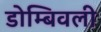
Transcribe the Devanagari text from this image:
डोम्बिवली